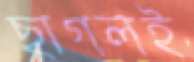
ছাগলই